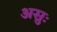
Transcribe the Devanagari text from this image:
असुः